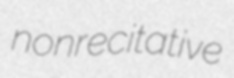
nonrecitative